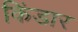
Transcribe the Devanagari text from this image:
किंडार